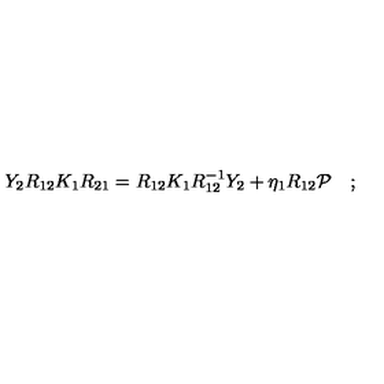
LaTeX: Y _ { 2 } R _ { 1 2 } K _ { 1 } R _ { 2 1 } = R _ { 1 2 } K _ { 1 } R _ { 1 2 } ^ { - 1 } Y _ { 2 } + \eta _ { 1 } R _ { 1 2 } { \cal P } \quad ; \,